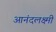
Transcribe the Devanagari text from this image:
आनंदलक्ष्मी